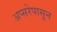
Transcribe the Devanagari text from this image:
अप्सरेपासून